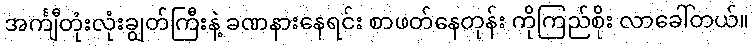
အင်္ကျီတုံးလုံးချွတ်ကြီးနဲ့ ခဏနားနေရင်း စာဖတ်နေတုန်း ကိုကြည်စိုး လာခေါ်တယ်။